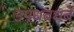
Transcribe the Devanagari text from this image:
उपधबधबे